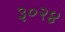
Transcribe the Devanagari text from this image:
३०२४